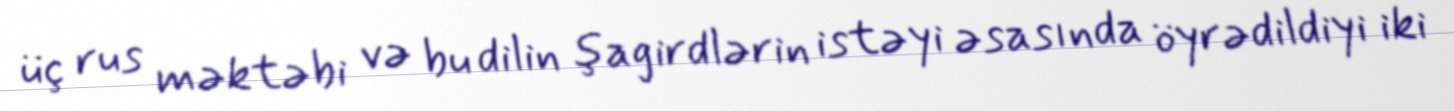
üç rus məktəbi və bu dilin şagirdlərin istəyi əsasında öyrədildiyi iki